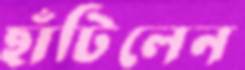
ছাঁটিলেন